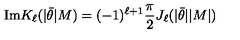
\mathrm { I m } K _ { \ell } ( | \bar { \theta } | M ) = ( - 1 ) ^ { \ell + 1 } { \frac { \pi } { 2 } } J _ { \ell } ( | \bar { \theta } | | M | )